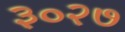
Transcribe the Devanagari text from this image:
३०२७